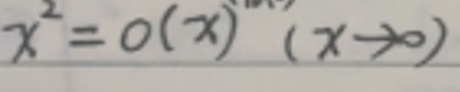
$x ^ { 2 } = o ( x ) ( x \to 0 )$